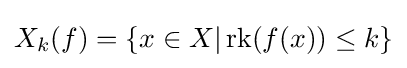
X_{k}(f)=\{x\in X|\operatorname {rk} (f(x))\leq k\}